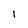
Character: 1